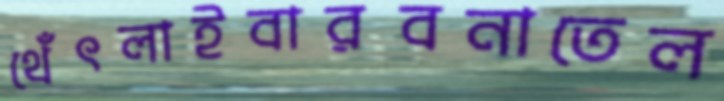
থেঁৎলাইবারবনাতেল